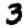
Digit: 3